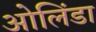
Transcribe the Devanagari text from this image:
ओलिंडा